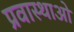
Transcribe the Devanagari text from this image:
प्रवास्थाओ